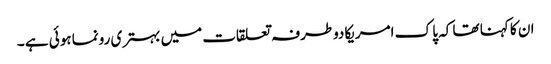
ان کا کہنا تھا کہ پا ک امریکادوطرفہ تعلقات میں بہتری رونما ہوئی ہے ۔